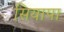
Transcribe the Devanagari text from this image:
सियापा